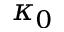
\kappa _ { 0 }